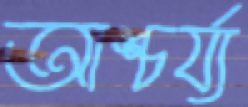
আশ্চর্য্য